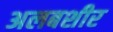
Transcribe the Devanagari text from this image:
अलबशीर